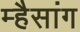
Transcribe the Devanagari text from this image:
म्हैसांग